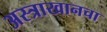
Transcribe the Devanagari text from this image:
अस्त्राखानचा